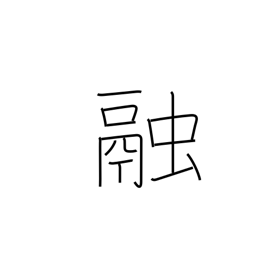
Meaning: dissolve